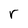
Character: r